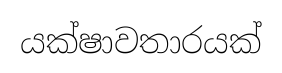
යක්ෂාවතාරයක්